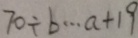
7 0 \div b \cdots a + 1 9